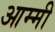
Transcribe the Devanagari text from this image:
आम्मी